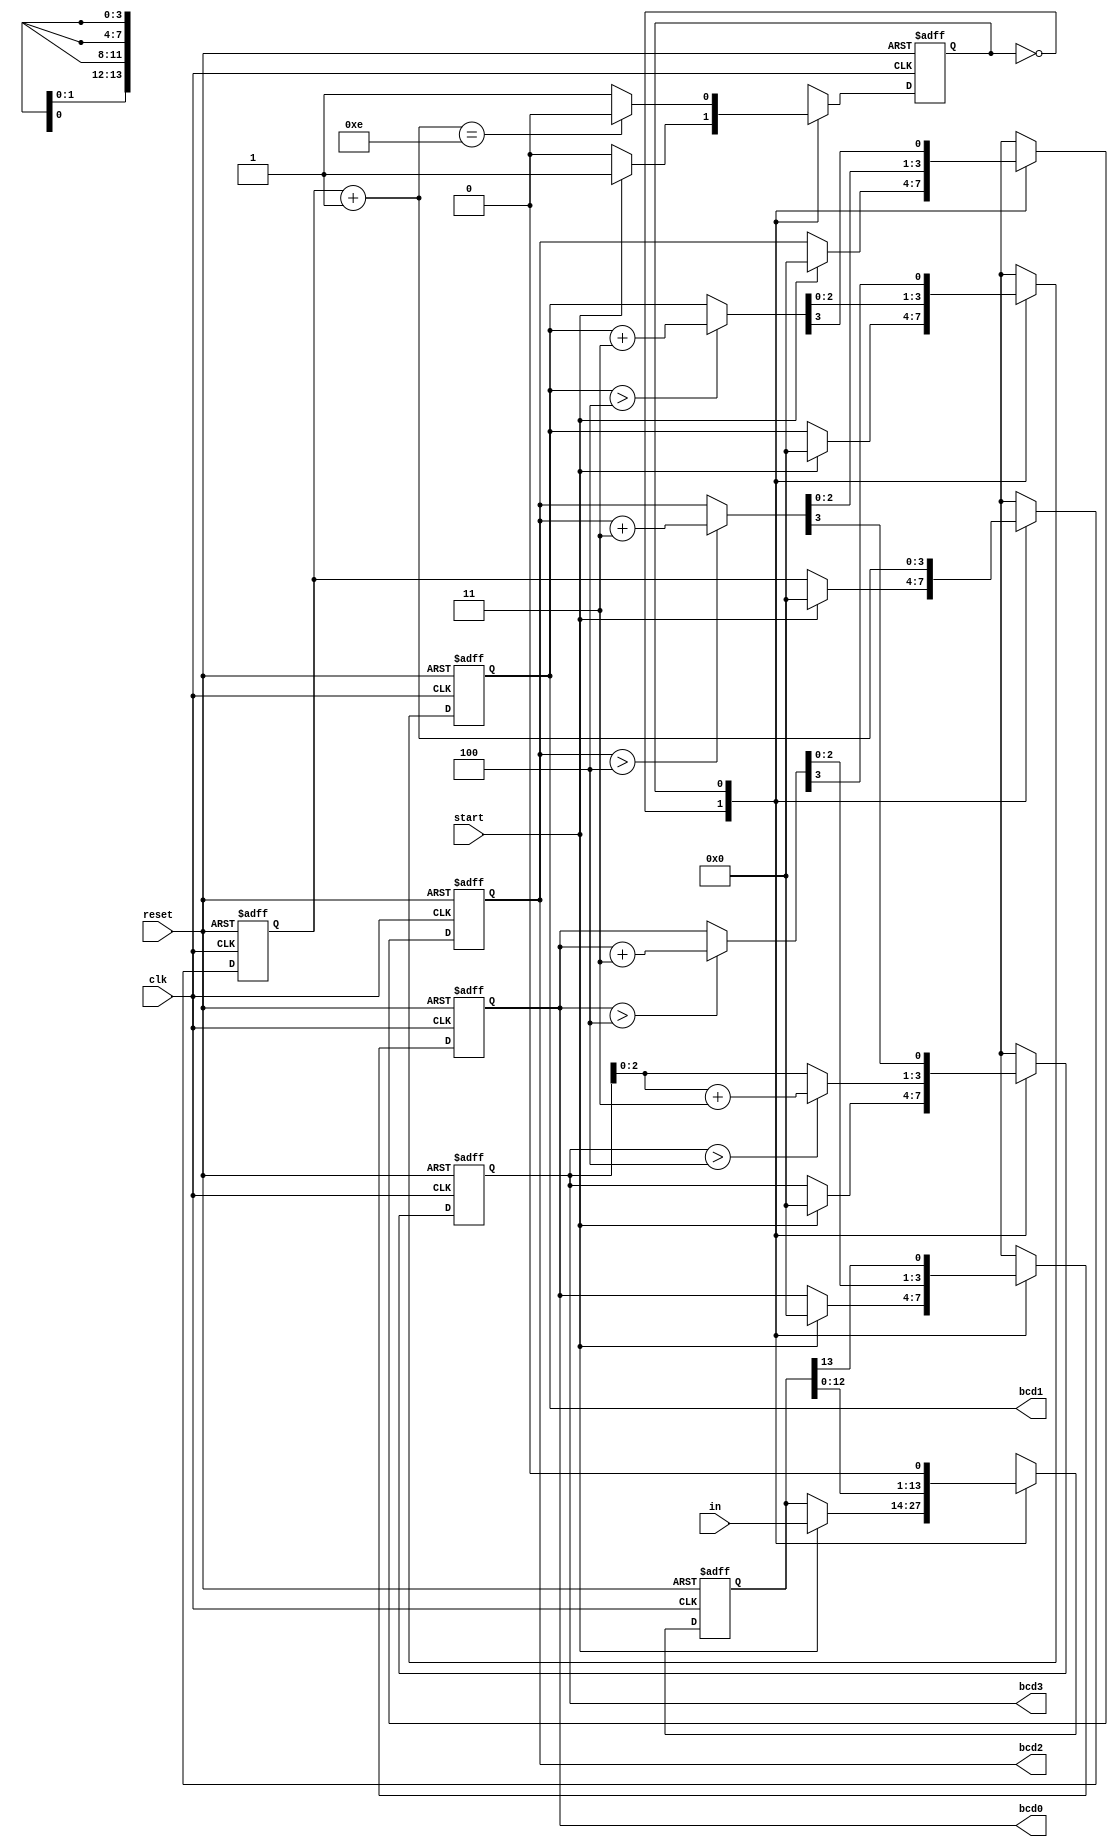
`timescale 1ns / 1ps
//////////////////////////////////////////////////////////////////////////////////
// Company: 
// Engineer: 
// 
// Design Name: 
// Module Name: binary2bcd
// Project Name: 
// Target Devices: 
// Tool Versions: 
// Description: 
// 
// Dependencies: 
// 
// Revision:
// Revision 0.01 - File Created
// Additional Comments:
// 
//////////////////////////////////////////////////////////////////////////////////


module binary2bcd(
        input wire clk, reset,        // clock, reset input signals for synchronous registers                
		input wire start,             // input signal to start binary to bcd conversion
		input wire [13:0] in,         // signal for binary input to convert
		output wire [3:0] bcd3, bcd2, // converted bcd signals routed out
  		                  bcd1, bcd0
	);
	
	// registers
	reg  state_reg, state_next;                                // FSM state register
	reg [13:0] input_reg, input_next;                          // reg to store in value when beginning conversion
	reg [3:0] count_reg, count_next;                           // counter reg to count number of iterations
	reg [3:0] bcd_3_reg, bcd_2_reg, bcd_1_reg, bcd_0_reg,      // regs to store bcd values,
              bcd_3_next, bcd_2_next, bcd_1_next, bcd_0_next;  // regs to store next state bcd values
    wire [3:0] bcd_3_temp, bcd_2_temp, bcd_1_temp, bcd_0_temp; // regs to temporarily store bcd values
	
	
			  
	// FSM symbolic states
	localparam idle = 1'b0,
		    convert = 1'b1;
			   
	// infer all the registers
	always @(posedge clk, posedge reset)
		if (reset)
			begin
			state_reg <= idle;
		    	input_reg <= 0;
		    	count_reg <= 0;
		    	bcd_3_reg <= 0;
		    	bcd_2_reg <= 0;
		    	bcd_1_reg <= 0;
		    	bcd_0_reg <= 0;
	            	end
		else
			begin
            		state_reg <= state_next;
            		input_reg <= input_next;
            		count_reg <= count_next;
            		bcd_3_reg <= bcd_3_next;
            		bcd_2_reg <= bcd_2_next;
            		bcd_1_reg <= bcd_1_next;
            		bcd_0_reg <= bcd_0_next;
			end
			
	// FSM next-state logic
	always @*
		begin
		// defaults
		state_next = state_reg;
		input_next = input_reg;
		count_next = count_reg;
		bcd_0_next = bcd_0_reg;
		bcd_1_next = bcd_1_reg;
		bcd_2_next = bcd_2_reg;
		bcd_3_next = bcd_3_reg;
		
		case (state_reg)
			
			idle:
				begin
				if (start)
					begin
                     			state_next = convert; // go to convert state
                     			bcd_0_next = 0;       // reset bcd register values
                     			bcd_1_next = 0;
                     			bcd_2_next = 0;
                     			bcd_3_next = 0;
                     			count_next = 0;       // reset iteration count register
                     			input_next = in;      // store input to input_reg
					 end
				end
				
			convert:
				begin
				
               			input_next = input_reg << 1;                     // left shift input
               			bcd_0_next = {bcd_0_temp[2:0], input_reg[13]};   // left shift in MSB of input to LSB of bcd_0
               			bcd_1_next = {bcd_1_temp[2:0], bcd_0_temp[3]};   // left shift MSB of bcd_0 into LSB of bcd_1
               			bcd_2_next = {bcd_2_temp[2:0], bcd_1_temp[3]};   // left shift MSB of bcd_1 into LSB of bcd_2
               			bcd_3_next = {bcd_3_temp[2:0], bcd_2_temp[3]};   // left shift MSB of bcd_2 into LSB of bcd_3, MSB is lost
			   
			   	// increment count reg
               			count_next = count_reg + 1;
               
			  	 // if done with algorithm go back to idle state
			  	 if (count_next== 14)
                  			 state_next = idle;
            			end
		endcase
		end
	
	// make adjustment if neccesary
	assign bcd_0_temp = (bcd_0_reg > 4) ? bcd_0_reg + 3 : bcd_0_reg;
	assign bcd_1_temp = (bcd_1_reg > 4) ? bcd_1_reg + 3 : bcd_1_reg;
	assign bcd_2_temp = (bcd_2_reg > 4) ? bcd_2_reg + 3 : bcd_2_reg;
	assign bcd_3_temp = (bcd_3_reg > 4) ? bcd_3_reg + 3 : bcd_3_reg;
	
	// output
	assign bcd0 = bcd_0_reg;
	assign bcd1 = bcd_1_reg;
	assign bcd2 = bcd_2_reg;
	assign bcd3 = bcd_3_reg;

endmodule